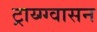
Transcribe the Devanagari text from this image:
ट्राय्ग्ग्वासन